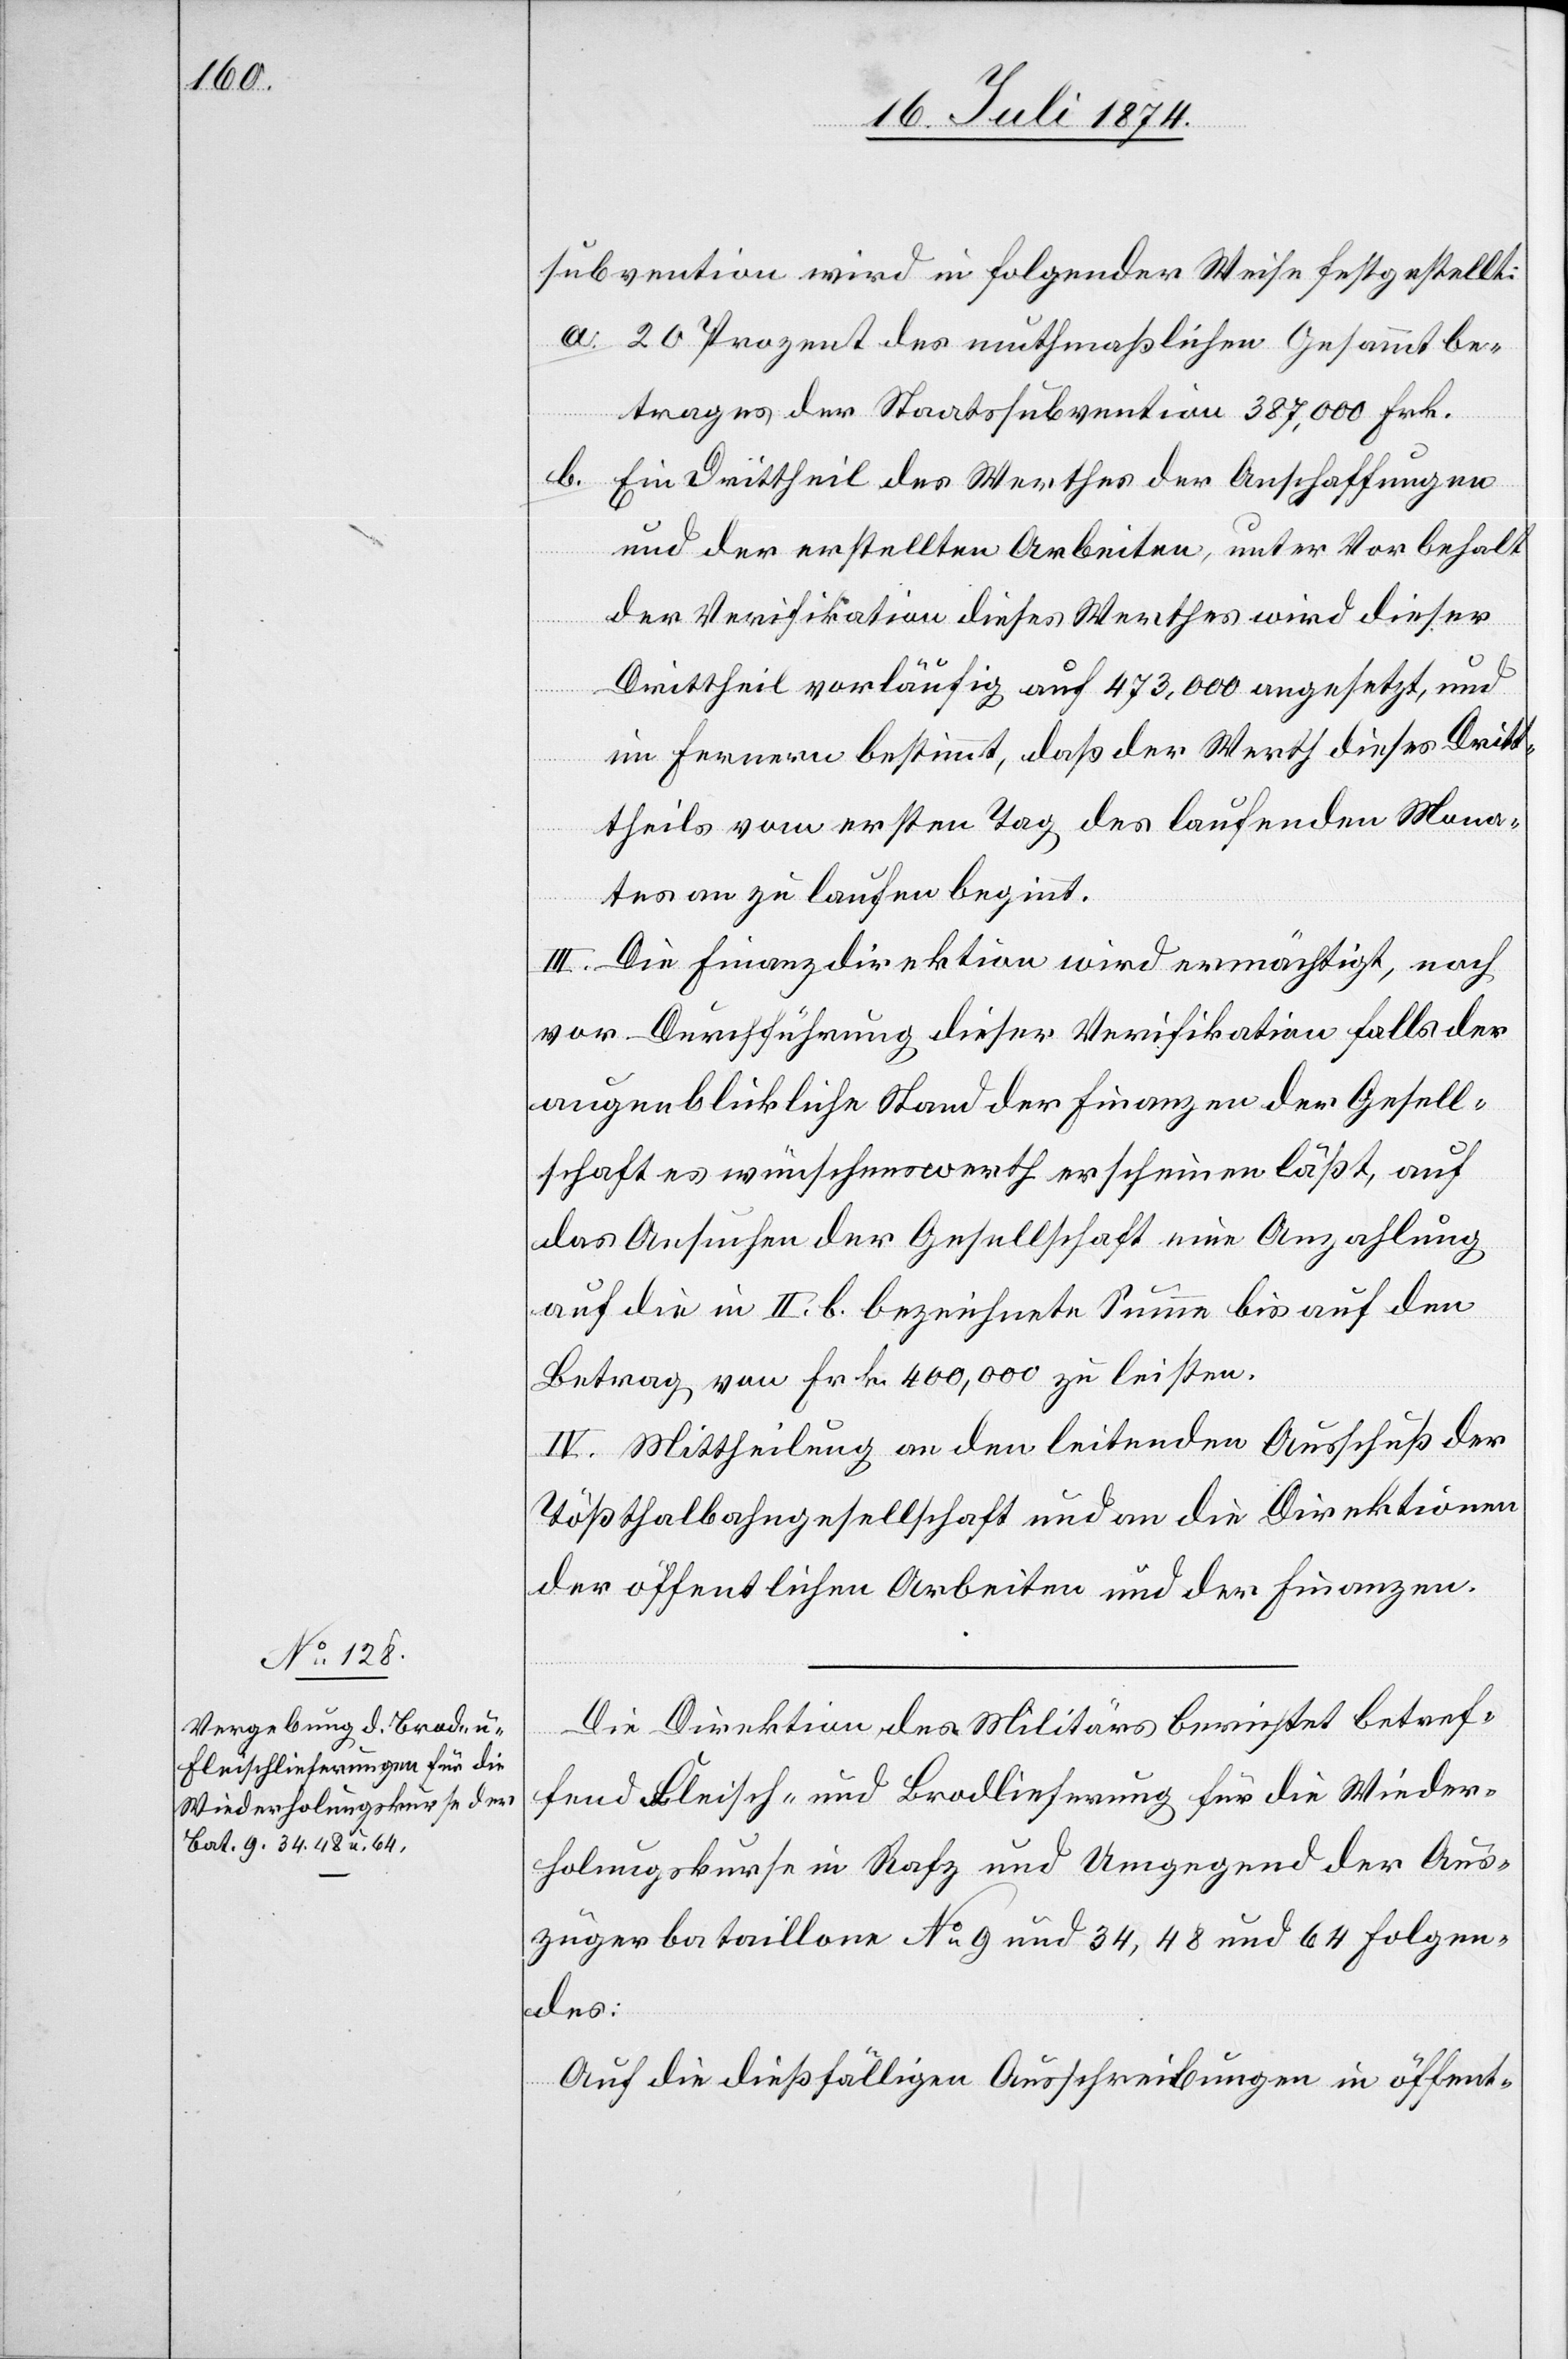
subvention wird in folgender Weise festgestellt:
a. 20 Prozent des muthmaßlichen Gesammtbe¬
trages der Staatssubvention 387,000 Frk.
b. Ein Drittheil des Werthes der Anschaffungen
und der erstellten Arbeiten, unter Vorbehalt
der Verifikation dieses Werthes wird dieser
Drittheil vorläufig auf 473,000 angesetzt, und
im ferneren bestimmt, daß der Werth dieses Dritt¬
theils vom ersten Tag des laufenden Mona¬
tes an zu laufen beginnt.
III. Die Finanzdirektion wird ermächtigt, noch
vor Durchführung dieser Verifikation falls der
augenblickliche Stand der Finanzen der Gesell¬
schaft es wünschenswerth erscheinen läßt, auf
das Ansuchen der Gesellschaft eine Anzahlung
auf die in II. b. bezeichnete Summe bis auf den
Betrag von Frk. 400,000 zu leisten.
IV. Mittheilung an den leitenden Ausschuß der
Tößthalbahngesellschaft und an die Direktionen
der öffentlichen Arbeiten und der Finanzen.
Die Direktion des Militärs berichtet betref¬
fend Fleisch- und Brodlieferung für die Wieder¬
holungskurse in Rafz und Umgegend der Aus¬
zügerbataillone No 9 und 34, 48 und 64 folgen¬
des:
Auf die dießfällige Ausschreibungen in öffent-